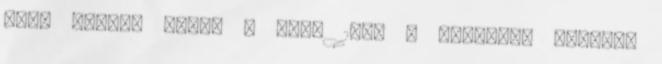
Főbb művei: Tilos a csók 1909 ; Limonádé ezredes